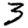
Digit: 3